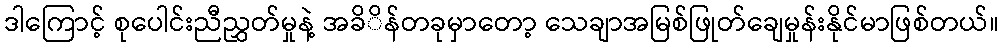
ဒါကြောင့် စုပေါင်းညီညွှတ်မှုနဲ့ အခိိန်တခုမှာတော့ သေချာအမြစ်ဖြုတ်ချေမှုန်းနိုင်မာဖြစ်တယ်။